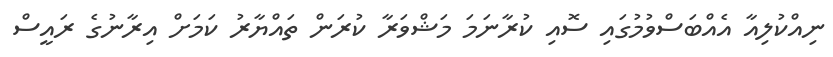
ނިއްކުލިއާ އެއްބަސްވުމުގައި ސޮއި ކުރާނަމަ މަޝްވަރާ ކުރަން ތައްޔާރު ކަމަށް އިރާނުގެ ރައީސް